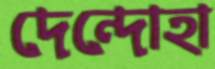
দেন্দোহা